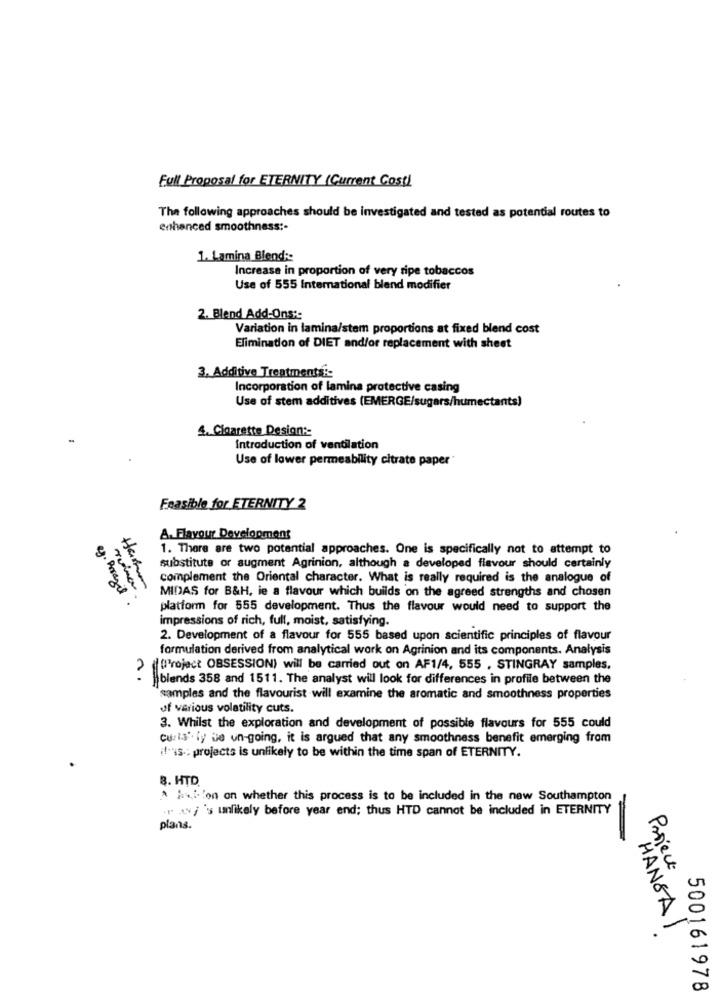
Full Proposal for ETERNITY (Current Cost)
The following approaches should be investigated and tested as potential routes to
enhanced smoothness :-
1. Lamina Blend ::
Increase in proportion of very ripe tobaccos
Use of 555 International blend modifier
2. Blend Add-Ons ::
Variation in lamina/stem proportions at fixed blend cost
Elimination of DIET and/or replacement with sheet
3. Additive Treatments :-
Incorporation of lamina protective casing
Use of stem additives (EMERGE/sugars/humectants)
4. Cloarette Design ::
Introduction of ventilation
Use of lower permeability citrate paper"
Feasible for ETERNITY 2
A. Flayour Development
4
1. There are two potential approaches. One is specifically not to attempt to
substitute or augment Agrinion, although a developed flavour should certainly
complement the Oriental character. What is really required is the analogue of
MIDAS for B&H, ie a flavour which builds on the agreed strengths and chosen
eg. Porazil
platform for 555 development. Thus the flavour would need to support the
impressions of rich, full, moist, satisfying.
2. Development of a flavour for 555 based upon scientific principles of flavour
formulation derived from analytical work on Agrinion and its components. Analysis
("l'roject OBSESSION) will be carried out on AF1/4, 555 , STINGRAY samples.
n.
blends 358 and 1511. The analyst will look for differences in profile between the
samples and the flavourist will examine the aromatic and smoothness properties
of various volatility cuts.
3. Whilst the exploration and development of possible flavours for 555 could
custa by se un-going, it is argued that any smoothness benefit emerging from
if"is .. projects is unlikely to be within the time span of ETERNITY.
B. HTD.
A hat.'on on whether this process is to be included in the new Southampton
ray's unlikely before year end; thus HTD cannot be included in ETERNITY
plans.
Project
HANSA 1
500161978